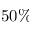
5 0 \%